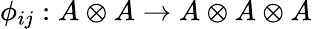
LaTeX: \phi_{ij}:A\otimes A\to A\otimes A\otimes A